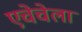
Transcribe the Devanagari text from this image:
एचेचेला